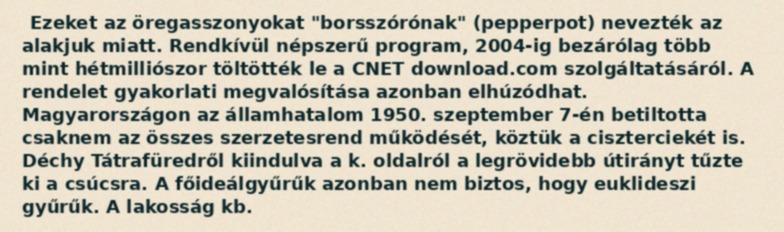
Ezeket az öregasszonyokat "borsszórónak" (pepperpot) nevezték az alakjuk miatt. Rendkívül népszerű program, 2004-ig bezárólag több mint hétmilliószor töltötték le a CNET download.com szolgáltatásáról. A rendelet gyakorlati megvalósítása azonban elhúzódhat. Magyarországon az államhatalom 1950. szeptember 7-én betiltotta csaknem az összes szerzetesrend működését, köztük a ciszterciekét is. Déchy Tátrafüredről kiindulva a k. oldalról a legrövidebb útirányt tűzte ki a csúcsra. A főideálgyűrűk azonban nem biztos, hogy euklideszi gyűrűk. A lakosság kb.